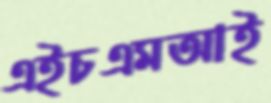
এইচএমআই